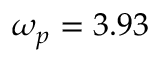
\omega _ { p } = 3 . 9 3